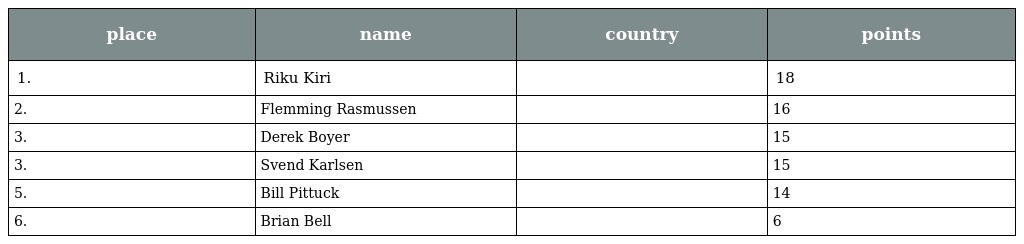
| place | name | country | points |
 | --- | --- | --- | --- |
 | 1. | Riku Kiri |  | 18 |
 | 2. | Flemming Rasmussen |  | 16 |
 | 3. | Derek Boyer |  | 15 |
 | 3. | Svend Karlsen |  | 15 |
 | 5. | Bill Pittuck |  | 14 |
 | 6. | Brian Bell |  | 6 |